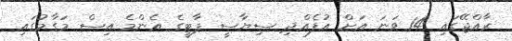
ރާއްޖޭގައި 14 ވަނަ އަށް އުފެއްދި ސިޔާސީ ޕާޓީގެ އެންމެ އިސް މަގާމުގައި